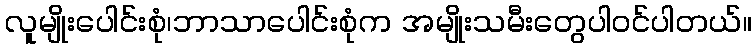
လူမျိုးပေါင်းစုံ၊ဘာသာပေါင်းစုံက အမျိုးသမီးတွေပါဝင်ပါတယ်။